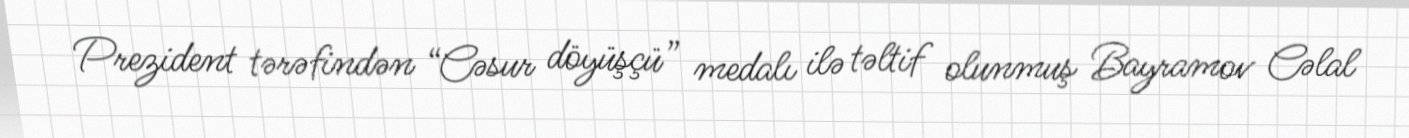
Prezident tərəfindən “Cəsur döyüşçü” medalı ilə təltif olunmuş Bayramov Cəlal